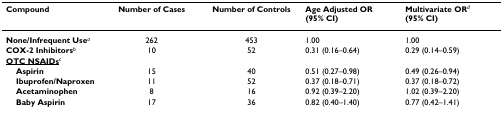
| Compound | Number of Cases | Number of Controls | Age Adjusted OR (95% CI) | Multivariate ORd (95% CI) |
 | --- | --- | --- | --- | --- |
 | None/Infrequent Usea | 262 | 453 | 1.00 | 1.00 |
 | COX-2 Inhibitorsb | 10 | 52 | 0.31 (0.16–0.64) | 0.29 (0.14–0.59) |
 | <underline>OTC NSAIDs</underline>c |  |  |  |  |
 | Aspirin | 15 | 40 | 0.51 (0.27–0.98) | 0.49 (0.26–0.94) |
 | Ibuprofen/Naproxen | 11 | 52 | 0.37 (0.18–0.71) | 0.37 (0.18–0.72) |
 | Acetaminophen | 8 | 16 | 0.92 (0.39–2.20) | 1.02 (0.39–2.20) |
 | Baby Aspirin | 17 | 36 | 0.82 (0.40–1.40) | 0.77 (0.42–1.41) |